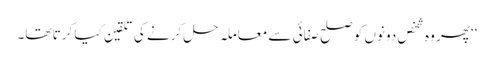
‘‘پھر وہ شخص دونوں کو صلح صفائی سے معاملہ حل کرنے کی تلقین کیا کرتا تھا۔